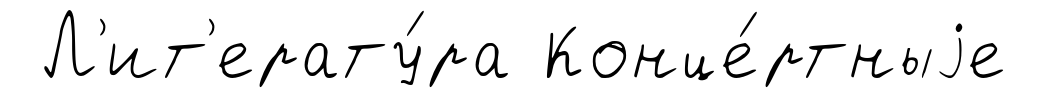
Л'ит'ерату́ра Конце́ртныjе